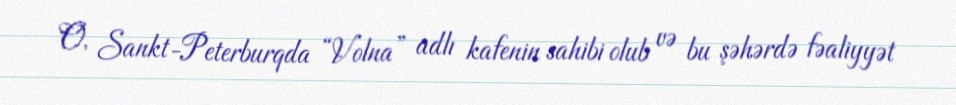
O, Sankt-Peterburqda “Volna” adlı kafenin sahibi olub və bu şəhərdə fəaliyyət